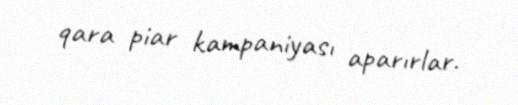
qara piar kampaniyası aparırlar.